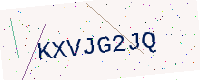
Text: KXVJG2JQ